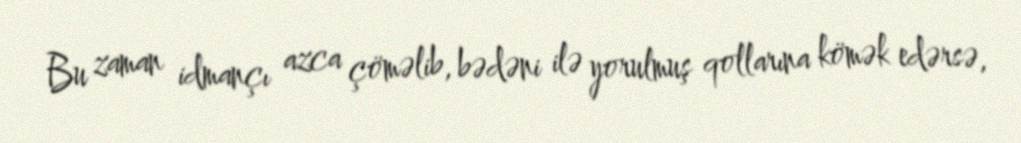
Bu zaman idmançı azca çöməlib, bədəni ilə yorulmuş qollarına kömək edərsə,